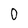
Character: 0